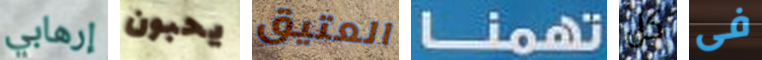
إرهابي يحبون العتيق تهمنا كل فى